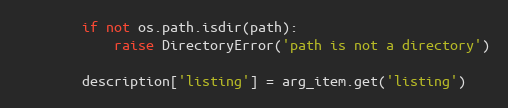
Language: Python
        if not os.path.isdir(path):
            raise DirectoryError('path is not a directory')

        description['listing'] = arg_item.get('listing')